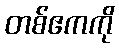
တစ်ဧကကို